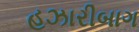
હઝારીબાગ